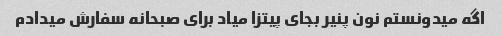
اگه میدونستم نون پنیر بجای پیتزا میاد برای صبحانه سفارش میدادم